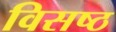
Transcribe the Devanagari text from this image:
विसष्ठ